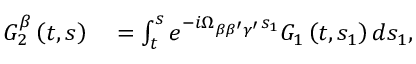
\begin{array} { r l } { G _ { 2 } ^ { \beta } \left( t , s \right) } & { { } = \int _ { t } ^ { s } e ^ { - i \Omega _ { \beta \beta ^ { \prime } \gamma ^ { \prime } } s _ { 1 } } G _ { 1 } \left( t , s _ { 1 } \right) d s _ { 1 } , } \end{array}